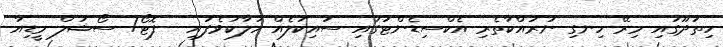
ހިތަދޫގައި މިރޭ ހިނގި ނުރައްކާތެރި އެކްސިޑެންޓުގައި ސައިކަލެއް ހަލާކުވެފައި-- ފޮޓޯ/ ސޯޝަލް މީޑިއާ